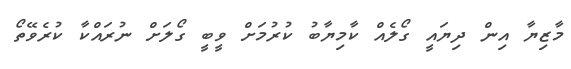
މާޒިޔާ އިން ދިޔައީ ގޯލެއް ކާމިޔާބު ކުރުމަށް ވީބީ ގޯލަށް ނުރައްކާ ކުރެވޭތޯ